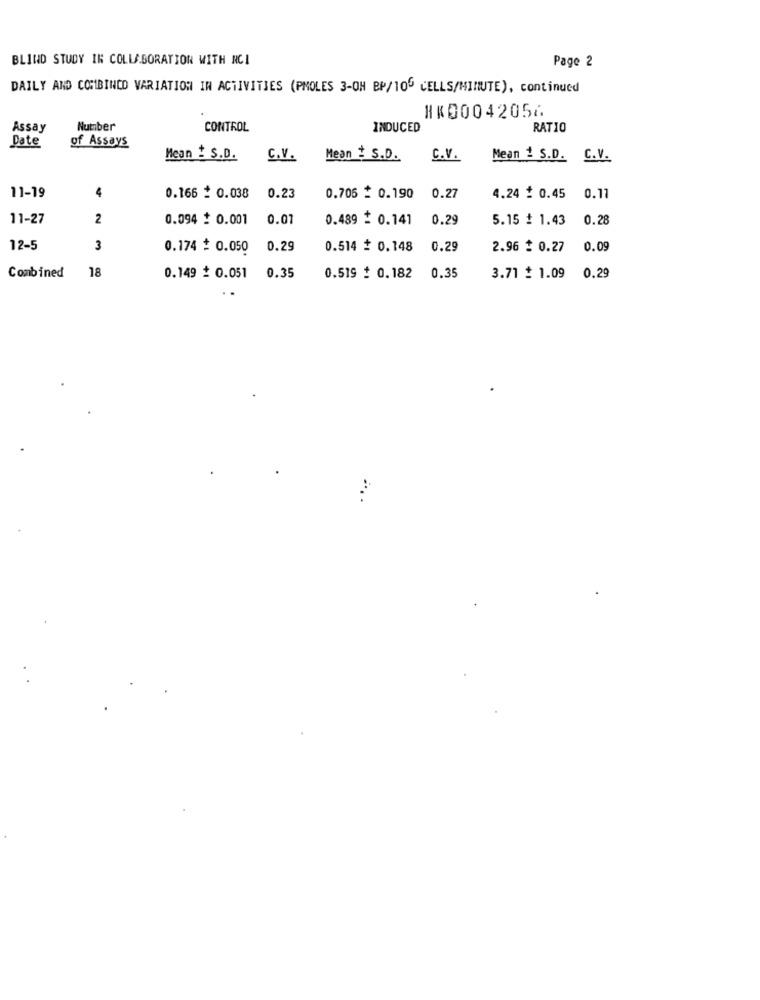
BLIND STUDY IN COLLABORATION WITH NCI
Page 2
DAILY AND COMBINED VARIATION IN ACTIVITIES (PMOLES 3-OH BP/10" CELLS/MINUTE), continued
1×00042056
Assay
Number
CONTROL
INDUCED
RAT10
Date
of Assays
Mean ! S.D.
C.V.
Mean # S.D.
C.V.
Mean # S.D. C.V.
11-19
4
0.166 : 0.038
0.23
0.705 _ 0.190
0.27
4.24 : 0.45
0.77
11-27
2
0.094 : 0.001
0.07
0.489 : 0.141
0.29
5.15 # 1.43
0.28
12-5
3
0.174 + 0.050
0.29
0.514 + 0.148
0.29
2.96 $ 0.27
0.09
Combined
18
0.149 2 0.051
0.35
0.519 : 0.182
0.35
3.71 : 1.09
0.29
.